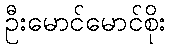
ဦးမောင်မောင်စိုး